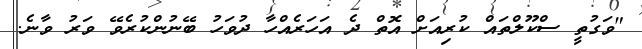
"ވަގުތީ ސްކޫލްތައް ކުރިއަށް އޮތް ދެ އަހަރެއްހާ ދުވަހު ބޭނުންކުރެވޭ ވަރު ވާނެ.